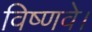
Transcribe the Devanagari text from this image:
विष्णवे।